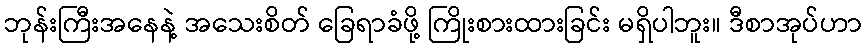
ဘုန်းကြီးအနေနဲ့ အသေးစိတ် ခြေရာခံဖို့ ကြိုးစားထားခြင်း မရှိပါဘူး။ ဒီစာအုပ်ဟာ